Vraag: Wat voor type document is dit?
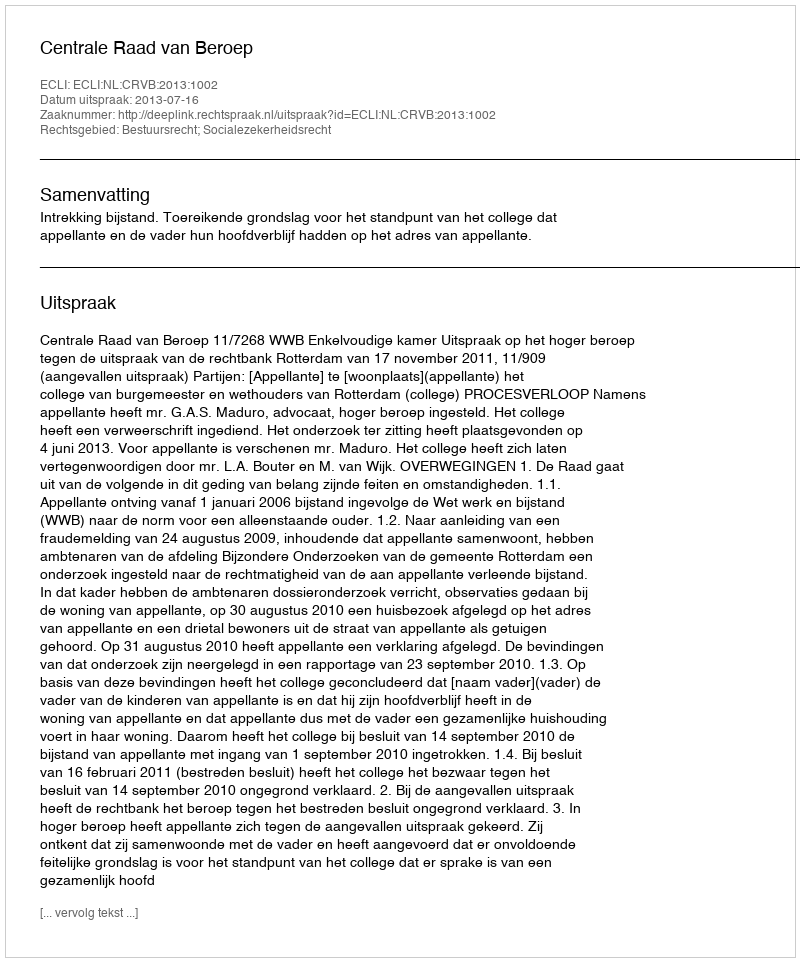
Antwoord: Uitspraak